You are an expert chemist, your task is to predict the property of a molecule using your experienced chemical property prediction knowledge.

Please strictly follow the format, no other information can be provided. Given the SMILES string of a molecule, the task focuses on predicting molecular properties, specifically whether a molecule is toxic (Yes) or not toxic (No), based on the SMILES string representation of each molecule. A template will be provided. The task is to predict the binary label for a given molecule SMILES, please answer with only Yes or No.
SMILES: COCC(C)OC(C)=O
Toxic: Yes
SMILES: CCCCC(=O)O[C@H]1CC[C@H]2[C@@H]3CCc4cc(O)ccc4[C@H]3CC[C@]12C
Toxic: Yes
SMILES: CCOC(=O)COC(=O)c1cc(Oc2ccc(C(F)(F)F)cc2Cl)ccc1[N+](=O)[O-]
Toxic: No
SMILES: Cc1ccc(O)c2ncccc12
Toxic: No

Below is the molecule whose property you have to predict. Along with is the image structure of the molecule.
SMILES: CCCCCCC1CCOC1=O
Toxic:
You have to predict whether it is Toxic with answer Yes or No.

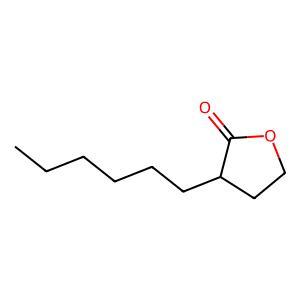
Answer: No